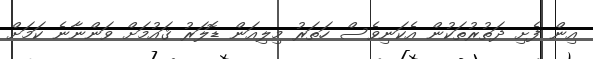
އިން ފެށި ދަތުރުތަކުން އެކަނިވެސް ހަތަރު މިލިއަން ޑޮލަރު ޤައުމަށް ވަންނާނެ ކަމަށް